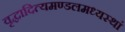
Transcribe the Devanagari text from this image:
वृद्धादित्यमण्डलमध्यस्थां